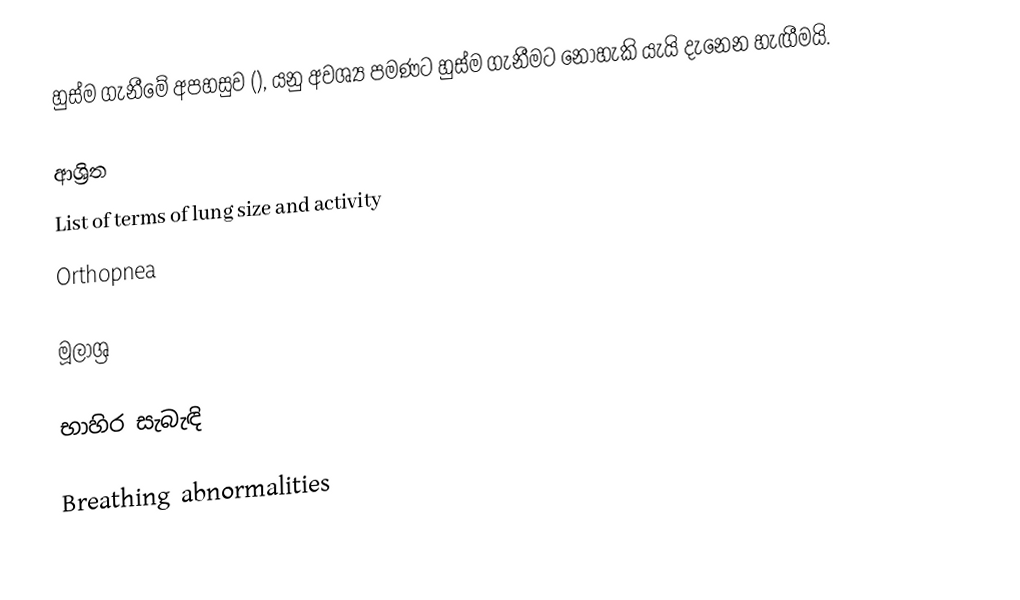
හුස්ම ගැනීමේ අපහසුව (), යනු අවශ්‍ය පමණට හුස්ම ගැනීමට නොහැකි යැයි දැනෙන හැඟීමයි.

ආශ්‍රිත
 List of terms of lung size and activity
 Orthopnea

මූලාශ්‍ර

භාහිර සැබැඳි

Breathing abnormalities